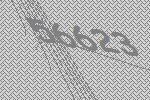
56623